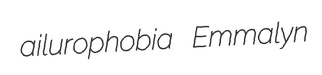
ailurophobia Emmalyn